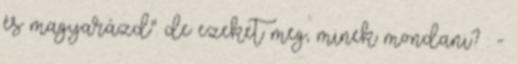
és magyarázd". de ezeket meg, minek mondani? : -